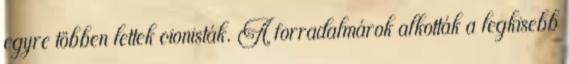
egyre többen lettek cionisták. A forradalmárok alkották a legkisebb